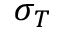
\sigma _ { T }